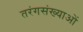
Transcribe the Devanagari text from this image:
तरंगसंख्याओं